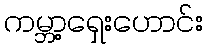
ကမ္ဘာ့ရှေးဟောင်း